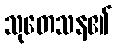
သုတေသန၏